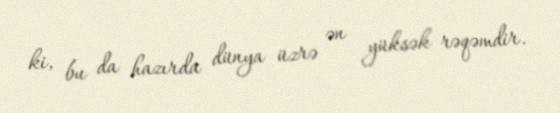
ki, bu da hazırda dünya üzrə ən yüksək rəqəmdir.